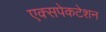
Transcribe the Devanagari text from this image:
एक्सपेकटेशन